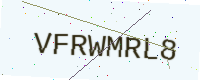
Text: VFRWMRL8